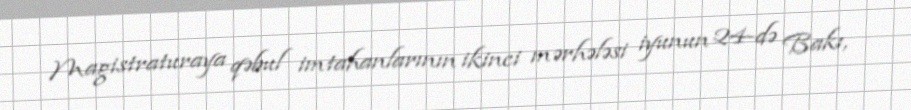
Magistraturaya qəbul imtahanlarının ikinci mərhələsi iyunun 24-də Bakı,